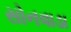
સોનવાડા